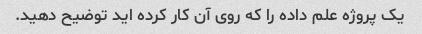
یک پروژه علم داده را که روی آن کار کرده اید توضیح دهید.